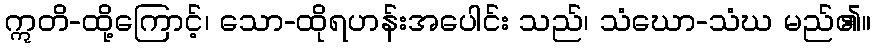
ဣတိ-ထို့ကြောင့်၊ သော-ထိုရဟန်းအပေါင်း သည်၊ သံဃော-သံဃ မည်၏။